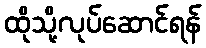
ထိုသို့လုပ်ဆောင်ရန်